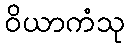
ဝိယာကံသု